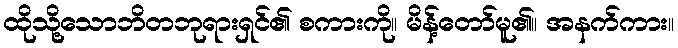
ထိုသို့သောဘိတဘုရားရှင်၏ စကားကို။ မိန့်တော်မူ၏။ အနက်ကား။